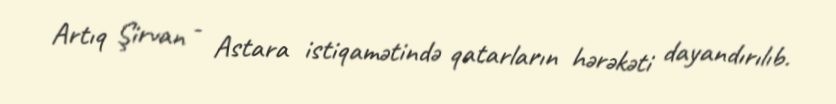
Artıq Şirvan - Astara istiqamətində qatarların hərəkəti dayandırılıb.